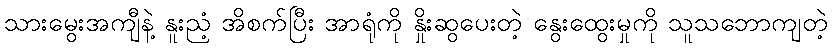
သားမွေးအကျီနဲ့ နူးညံ့ အိစက်ပြီး အာရုံကို နှိုးဆွပေးတဲ့ နွေးထွေးမှုကို သူသဘောကျတဲ့